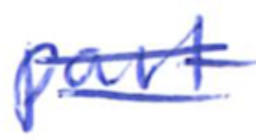
Text: part
Cross-out: double-line
Writing tool: ballpoint